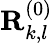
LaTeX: \mathbf{R}_{k,l}^{(0)}